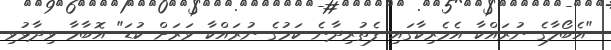
"އެބޯލާގެ ނުރައްކާ އެމެރިކާގައި ފެތުރިދާނެ ކަމުގެ ނުރައްކާ ވަރަށް ކުޑަ" އޮބާމާ ވިދާޅުވި